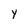
Character: y